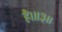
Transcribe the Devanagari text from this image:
है।॥३॥